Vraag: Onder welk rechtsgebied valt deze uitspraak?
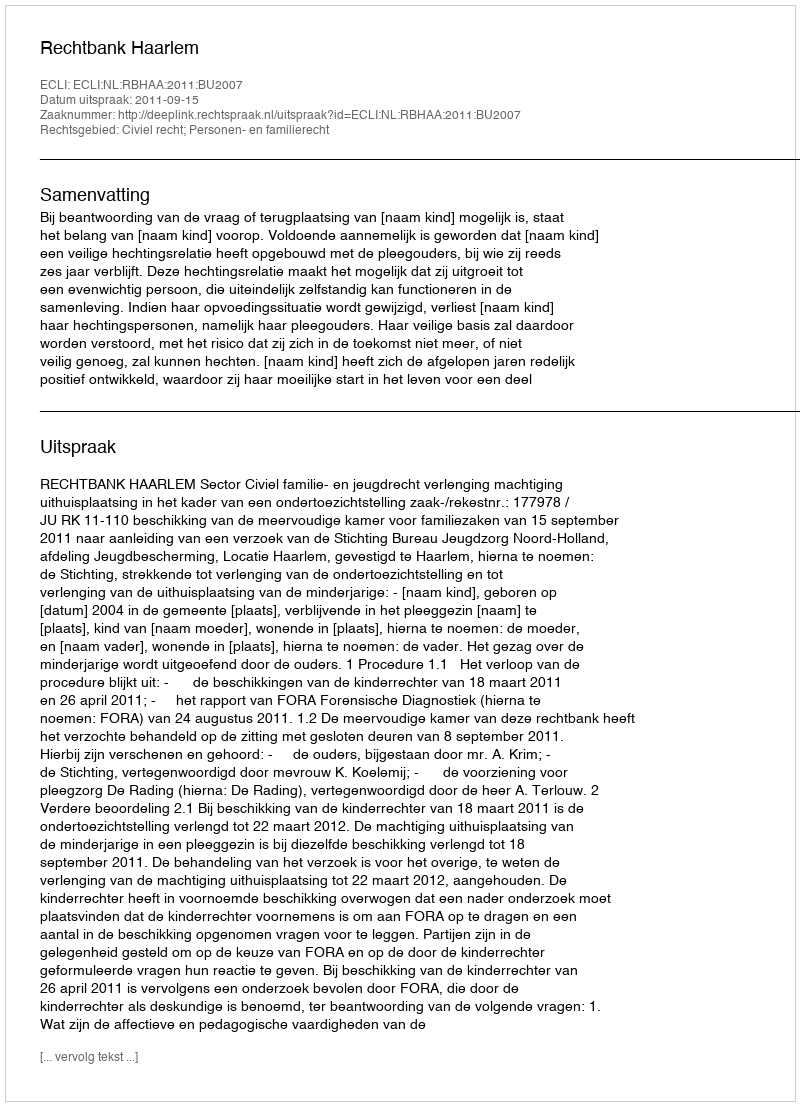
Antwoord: Civiel recht; Personen- en familierecht